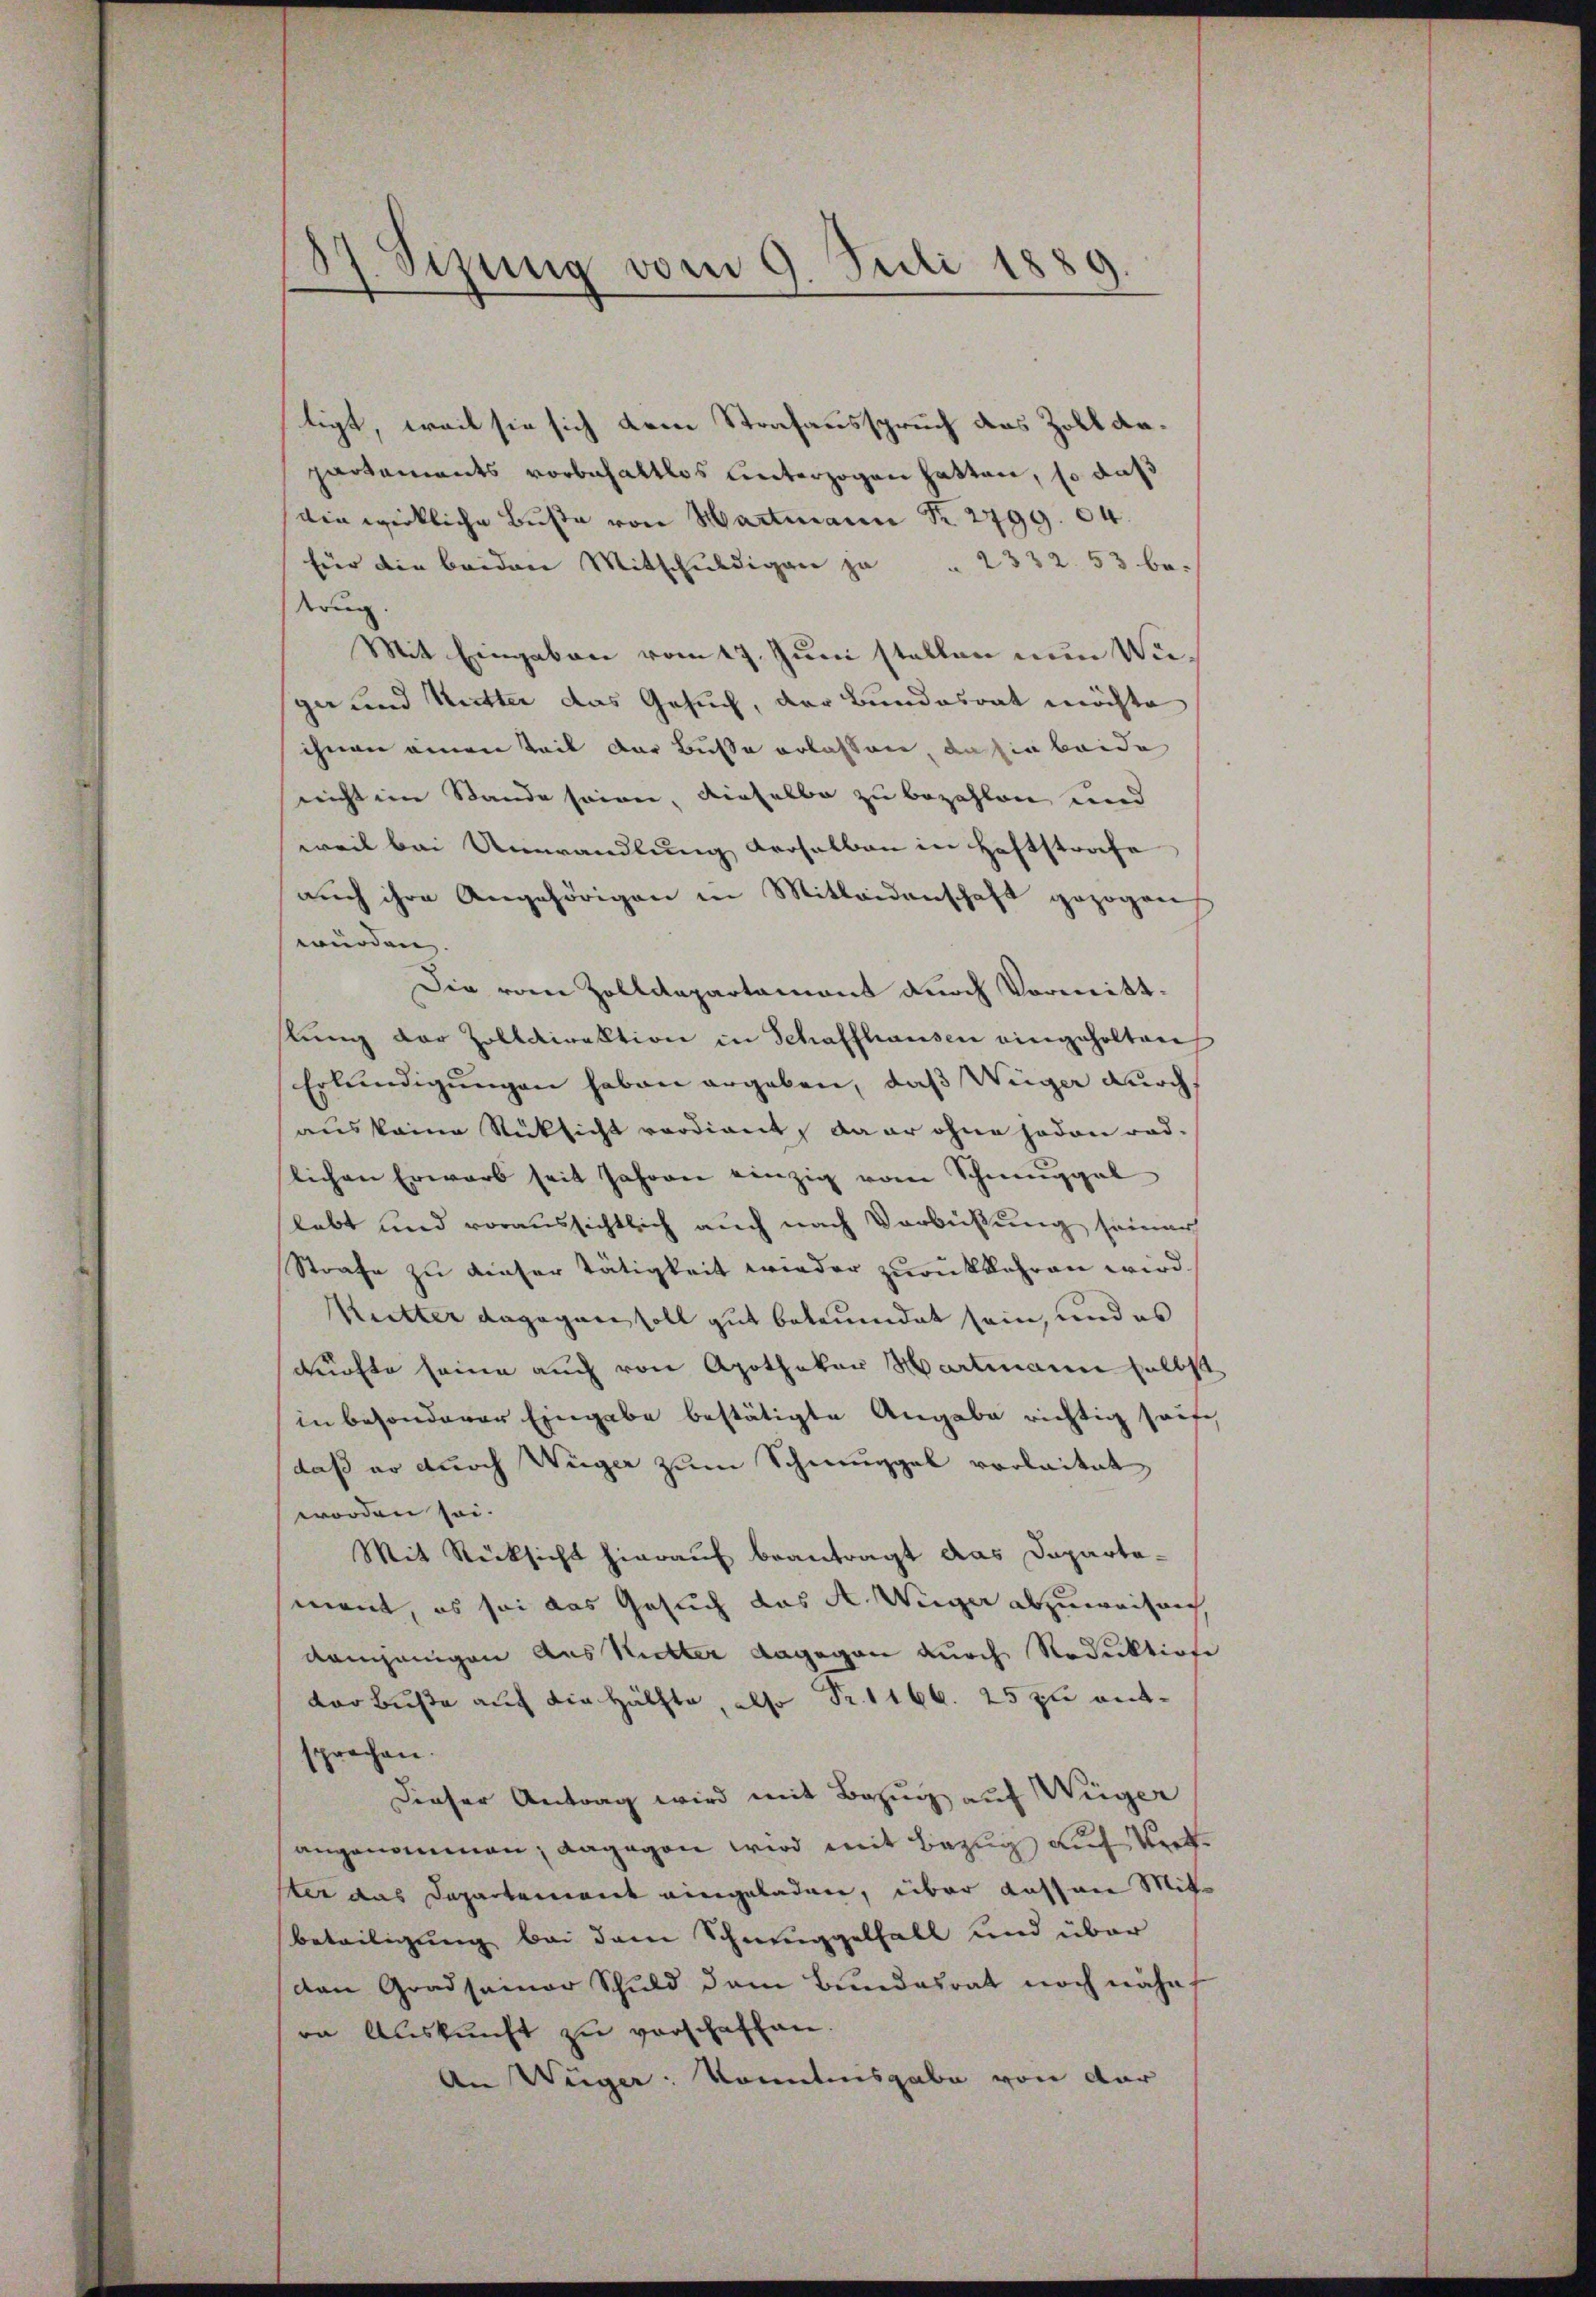
87. Sizung vom 9. Juli 1889.

tigt, weil sie sich dem Strafausspruch des Zoll anpartements vorbehaltlos unterzogen hatten, so daß
die wirkliche Buße von Hartmann Nr. 2799. 64.
für die beiden Mitschuldigen ja " 2332. 53 be-
trug.
Mit Eingaben vom 17. Juni stellen nun Waga und Mutter das Gesuch, der Bundesrat möchte
ihnen einen Teil der Busse erlassen, dahin beide
neicht im Stande seinen, dieselbe zu bezahlen und
weil bei Umwandlung derselben in Haftstrafe
auch ihre Angehörigen in Mitleidenschaft gezogen
wurden,
Die vom Zolldepartament durch Vormittstung der Zolldirektion in Schaffhausen eingeholten
Erkundigungen haben ergeben, daß Wiger durch
aus keine Rücksicht verdient, da er ohne jeden rad-
lichen Erwarb seit Jahren einzig vom Schmuggel
lebt und voraussichtlich auch nach Verbüßung seiner
Strafe zu dieser Tätigkeit wieder zurückkehren wird.
Muetter dagegen soll gut betrundet sein, und es
durfte seine auch von Apothekar Hartmann selbst
in besonderer Eingabe bestätigte Angabe richtig seite
daß er durch Wüger zum Schmuggel verlaitet
worden sei.
Mit Rücksicht hierauf beantragt das Daparta-
ment, es sei das Gesuch das A. Weiger abzuweisen,
demjenigen aus Ritter dagegen durch Reduktione
dor Buße auch die Hälfte, also Fr. 1166. 25 zu entsprochen.
Dieser Antrag wird mit Bezug auf Weger
angenommen; dagegen wird mit Bezug auf trefster das Departement eingeladen, über Kassen Mit¬
Beteiligung bei dem Schmuggelfall und über
den Gradsamer Schuld dem Bundesrat noch nähe
on Auskunft zu verschaffen.
An Weger Kenntnisgabe von dar